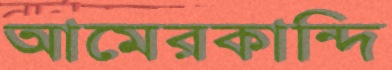
আমেরকান্দি